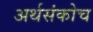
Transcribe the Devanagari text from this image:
अर्थसंकोच